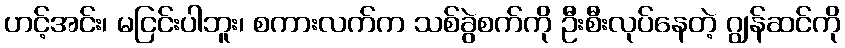
ဟင့်အင်း၊ မငြင်းပါဘူး၊ စကားလက်က သစ်ခွဲစက်ကို ဦးစီးလုပ်နေတဲ့ ဂျွန်ဆင်ကို